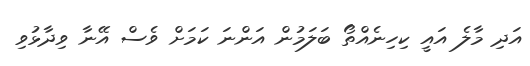
އަދި މާލެ އައީ ކިހިނެއްތޯ ބަލަމުން އަންނަ ކަމަށް ވެސް އޭނާ ވިދާޅުވި